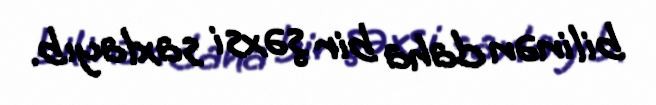
bilinən daha bir şəxsi saxlayıb.